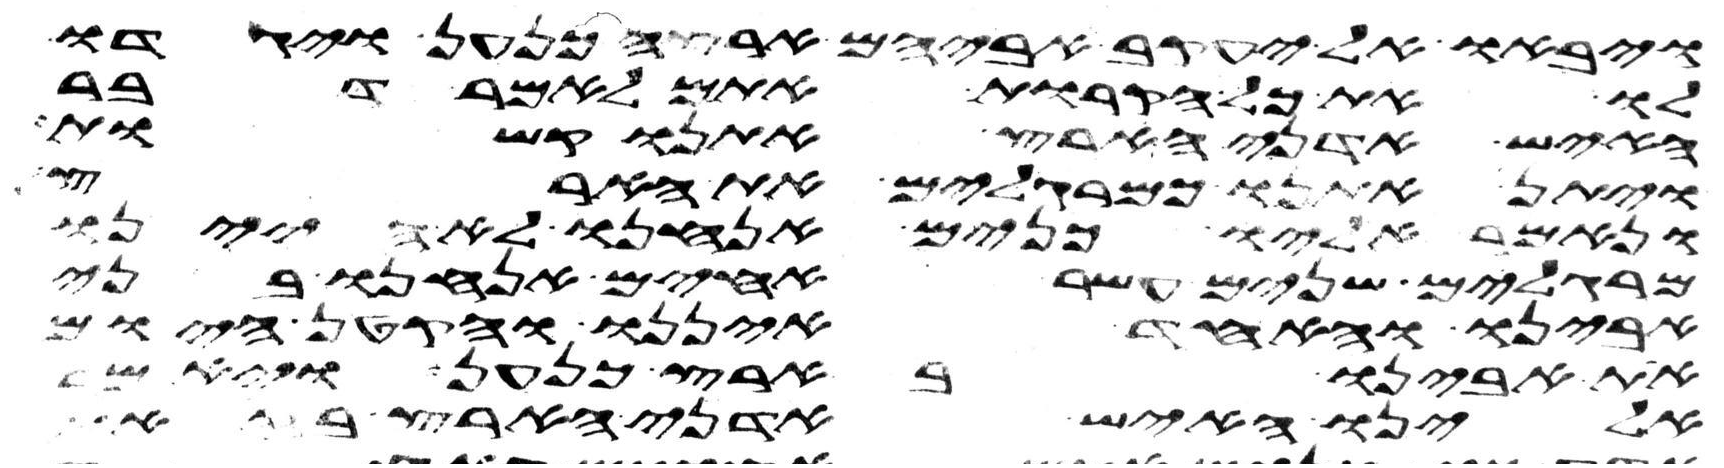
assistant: ויבאו אל יעקב אביהם ארצה כנען ויגדו
לו את כל הקרות אתם לאמר דבר
האיש אדני הארץ אתנו קשות
ויתן אתנו כמרגלים את הארץ
ונאמר אליו כנים אנחנו לא היינו
מרגלים שנים עשר אחים אנחנו בני
אבינו והאחד איננו והקטן היום
את אבינו בארץ כנען ויאמר
אלינו האיש אדני הארץ בזאת